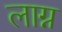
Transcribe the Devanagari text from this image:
लाग्न